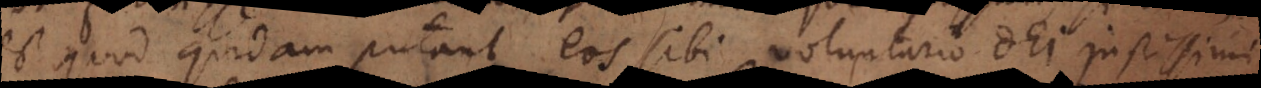
est quod quidam putant eos sibi voluntario Dei justissimi